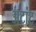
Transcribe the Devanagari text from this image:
अटांट